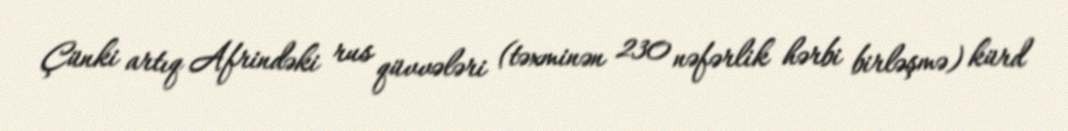
Çünki artıq Afrindəki rus qüvvələri (təxminən 230 nəfərlik hərbi birləşmə) kürd